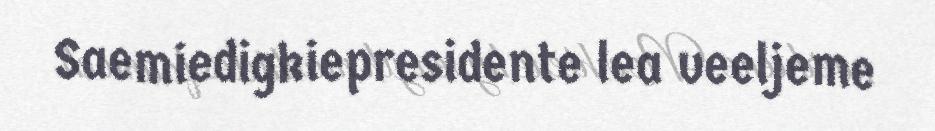
Saemiedigkiepresidente lea veeljeme